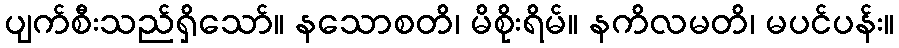
ပျက်စီးသည်ရှိသော်။ နသောစတိ၊ မိစိုးရိမ်။ နကိလမတိ၊ မပင်ပန်း။